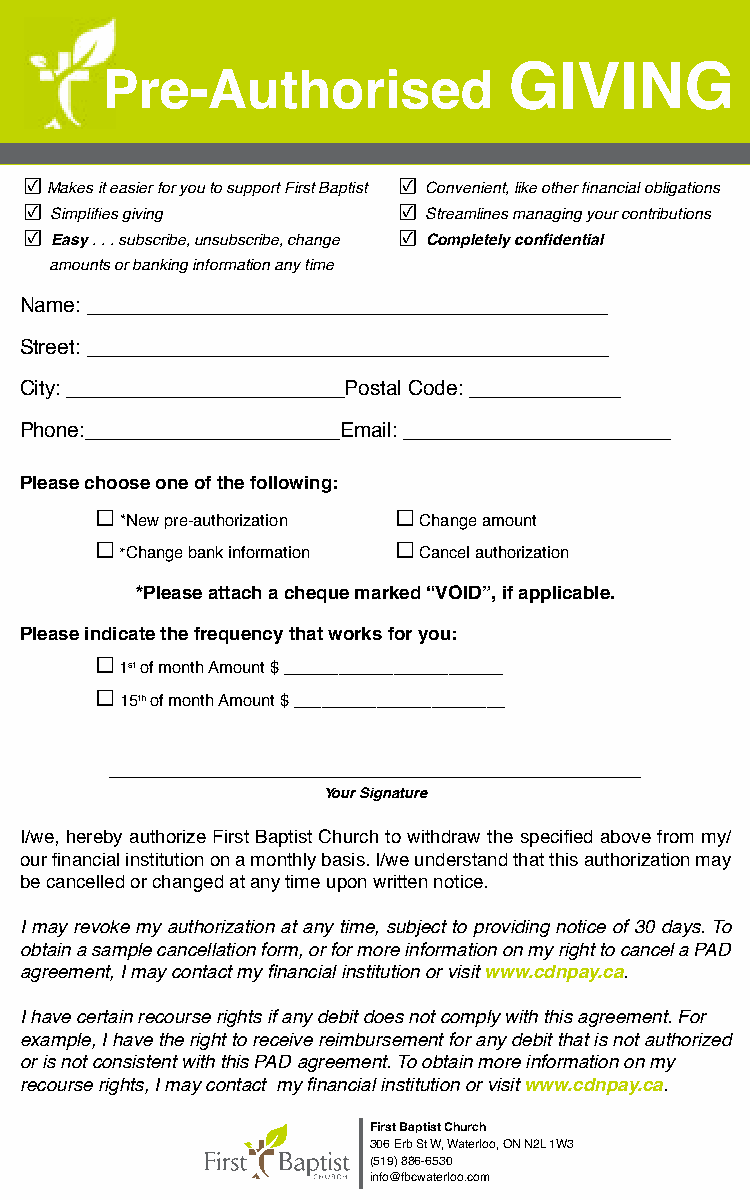
Pre-Authorised             GIVING
 ☑
 Makes it easier for you to support First Baptist
 ☑
 Convenient, like other financial obligations
 ☑
 Simplifies giving
 ☑
 Streamlines managing your contributions
 ☑
 Easy . . . subscribe, unsubscribe, change
 ☑
 Completely confidential
 amounts or banking information any time
 Name: _____________________________________________
 Street: _____________________________________________
 City: ________________________Postal Code: _____________
 Phone:______________________Email: _______________________
 P lease choose one of the following:
 □                   □
 *New pre-authorization Change amount
 □                   □
 *Change bank information Cancel authorization
 *Please attach a cheque marked “VOID”, if applicable.
 Please indicate the frequency that works for you:
 □
 1st of month Amount $ ________________________
 □
 15th of month Amount $ _______________________
 ___________________________________________________
 Your Signature
 I/we, hereby authorize First Baptist Church to withdraw the specified above from my/
 our financial institution on a monthly basis. I/we understand that this authorization may
 be cancelled or changed at any time upon written notice.
 I may revoke my authorization at any time, subject to providing notice of 30 days. To
 obtain a sample cancellation form, or for more information on my right to cancel a PAD
 agreement, I may contact my financial institution or visit www.cdnpay.ca.
 I have certain recourse rights if any debit does not comply with this agreement. For
 example, I have the right to receive reimbursement for any debit that is not authorized
 or is not consistent with this PAD agreement. To obtain more information on my
 recourse rights, I may contact my financial institution or visit www.cdnpay.ca.
 First Baptist Church
 306 Erb St W, Waterloo, ON N2L 1W3
 (519) 886-6530
 info@fbcwaterloo.com
 382c 7505c 75% K